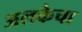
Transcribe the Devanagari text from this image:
अलकेचा